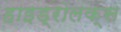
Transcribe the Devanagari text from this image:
हाइड्रोलक्स